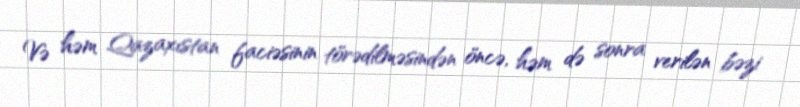
Və həm Qazaxıstan faciəsinin törədilməsindən öncə, həm də sonra verilən bəzi